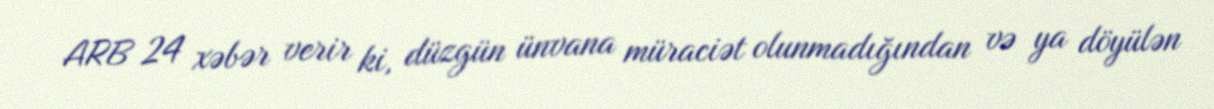
ARB 24 xəbər verir ki, düzgün ünvana müraciət olunmadığından və ya döyülən